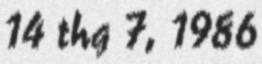
14 thg 7, 1986